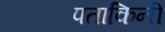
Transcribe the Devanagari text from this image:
पताकिनी